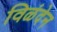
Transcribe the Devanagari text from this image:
विळंदेन